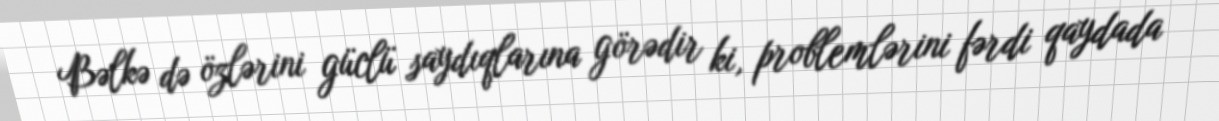
Bəlkə də özlərini güclü saydıqlarına görədir ki, problemlərini fərdi qaydada